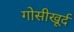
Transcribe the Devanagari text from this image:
गोसीखूर्द